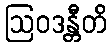
ဩဝဒန္တီတိ